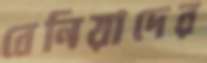
বেনিয়াদের